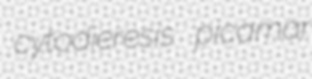
cytodieresis picamar